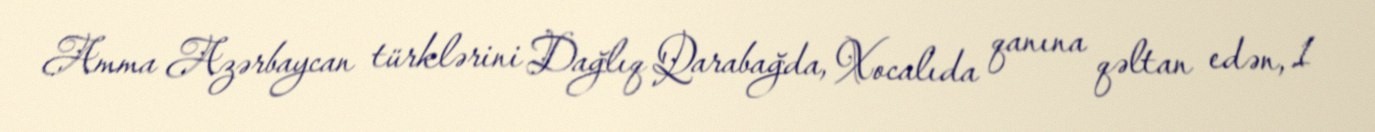
Amma Azərbaycan türklərini Dağlıq Qarabağda, Xocalıda qanına qəltan edən, 1